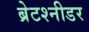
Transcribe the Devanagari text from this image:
ब्रेटश्नीडर